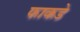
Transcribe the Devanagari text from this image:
फाकडे